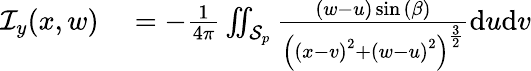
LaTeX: \begin{array}{rl}{\mathcal{I}_{y}(x,w)}&{{}=-\frac{1}{4\pi}\iint_{\mathcal{S}_{p}}\frac{(w-u)\sin{(\beta)}}{\left(\left(x-v\right)^{2}+\left(w-u\right)^{2}\right)^{\frac{3}{2}}}\mathrm{d}u\mathrm{d}v}\end{array}